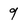
Character: 9